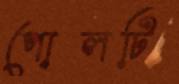
পোলটি